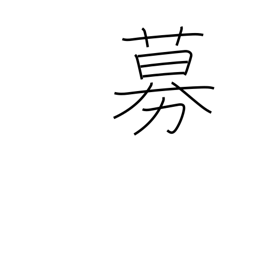
Meaning: grow violent